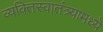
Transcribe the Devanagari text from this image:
व्यक्तिस्वातंत्र्यामध्ये